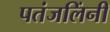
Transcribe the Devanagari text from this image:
पतंजलिंनी